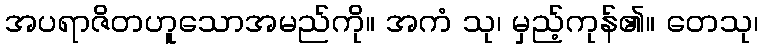
အပရာဇိတဟူသောအမည်ကို။ အကံ သု၊ မှည့်ကုန်၏။ တေသု၊